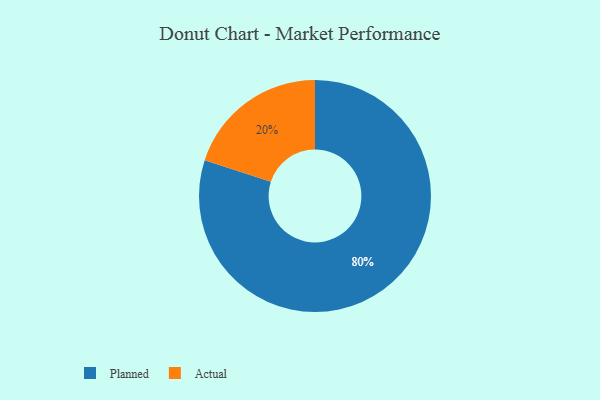
{"axis": {"x": "Category", "y": "Percentage"}, "legend": ["Actual", "Planned"], "data": [{"x": "Planned", "y": 80, "type": "Planned"}, {"x": "Actual", "y": 20, "type": "Actual"}]}